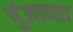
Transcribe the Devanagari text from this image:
पुंजाच्या